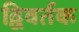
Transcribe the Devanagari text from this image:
द्विवर्तक